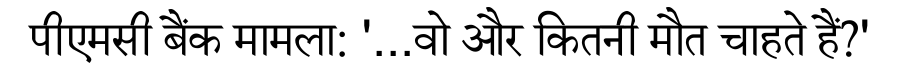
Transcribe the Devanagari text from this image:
पीएमसी बैंक मामला: '...वो और कितनी मौत चाहते हैं?'